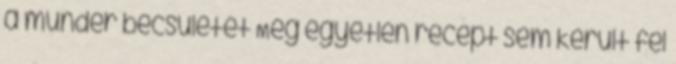
a mundér becsületét Még egyetlen recept sem került fel